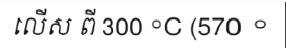
លើស ពី 300 °C (570 °